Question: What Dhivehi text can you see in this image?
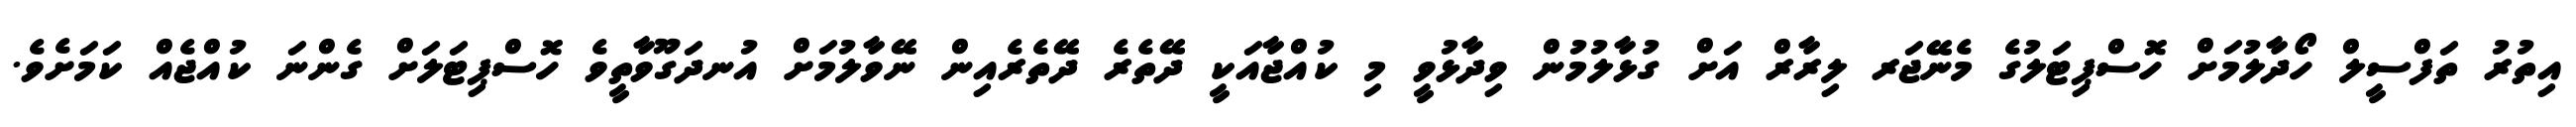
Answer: އިތުރު ތަފްސީލް ހޯދާލުމަށް ހޮސްޕިޓަލުގެ މެނޭޖަރ ލިރާރް އަށް ގުޅާލުމުން ވިދާޅުވީ މި ކުއްޖާއަކީ ދޭތެރެ ދޭތެރެއިން ނޭވާލުމަށް އުނދަގޫވާތީވެ ހޮސްޕިޓަލަށް ގެންނަ ކުއްޖެއް ކަމަށެވެ.